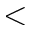
<